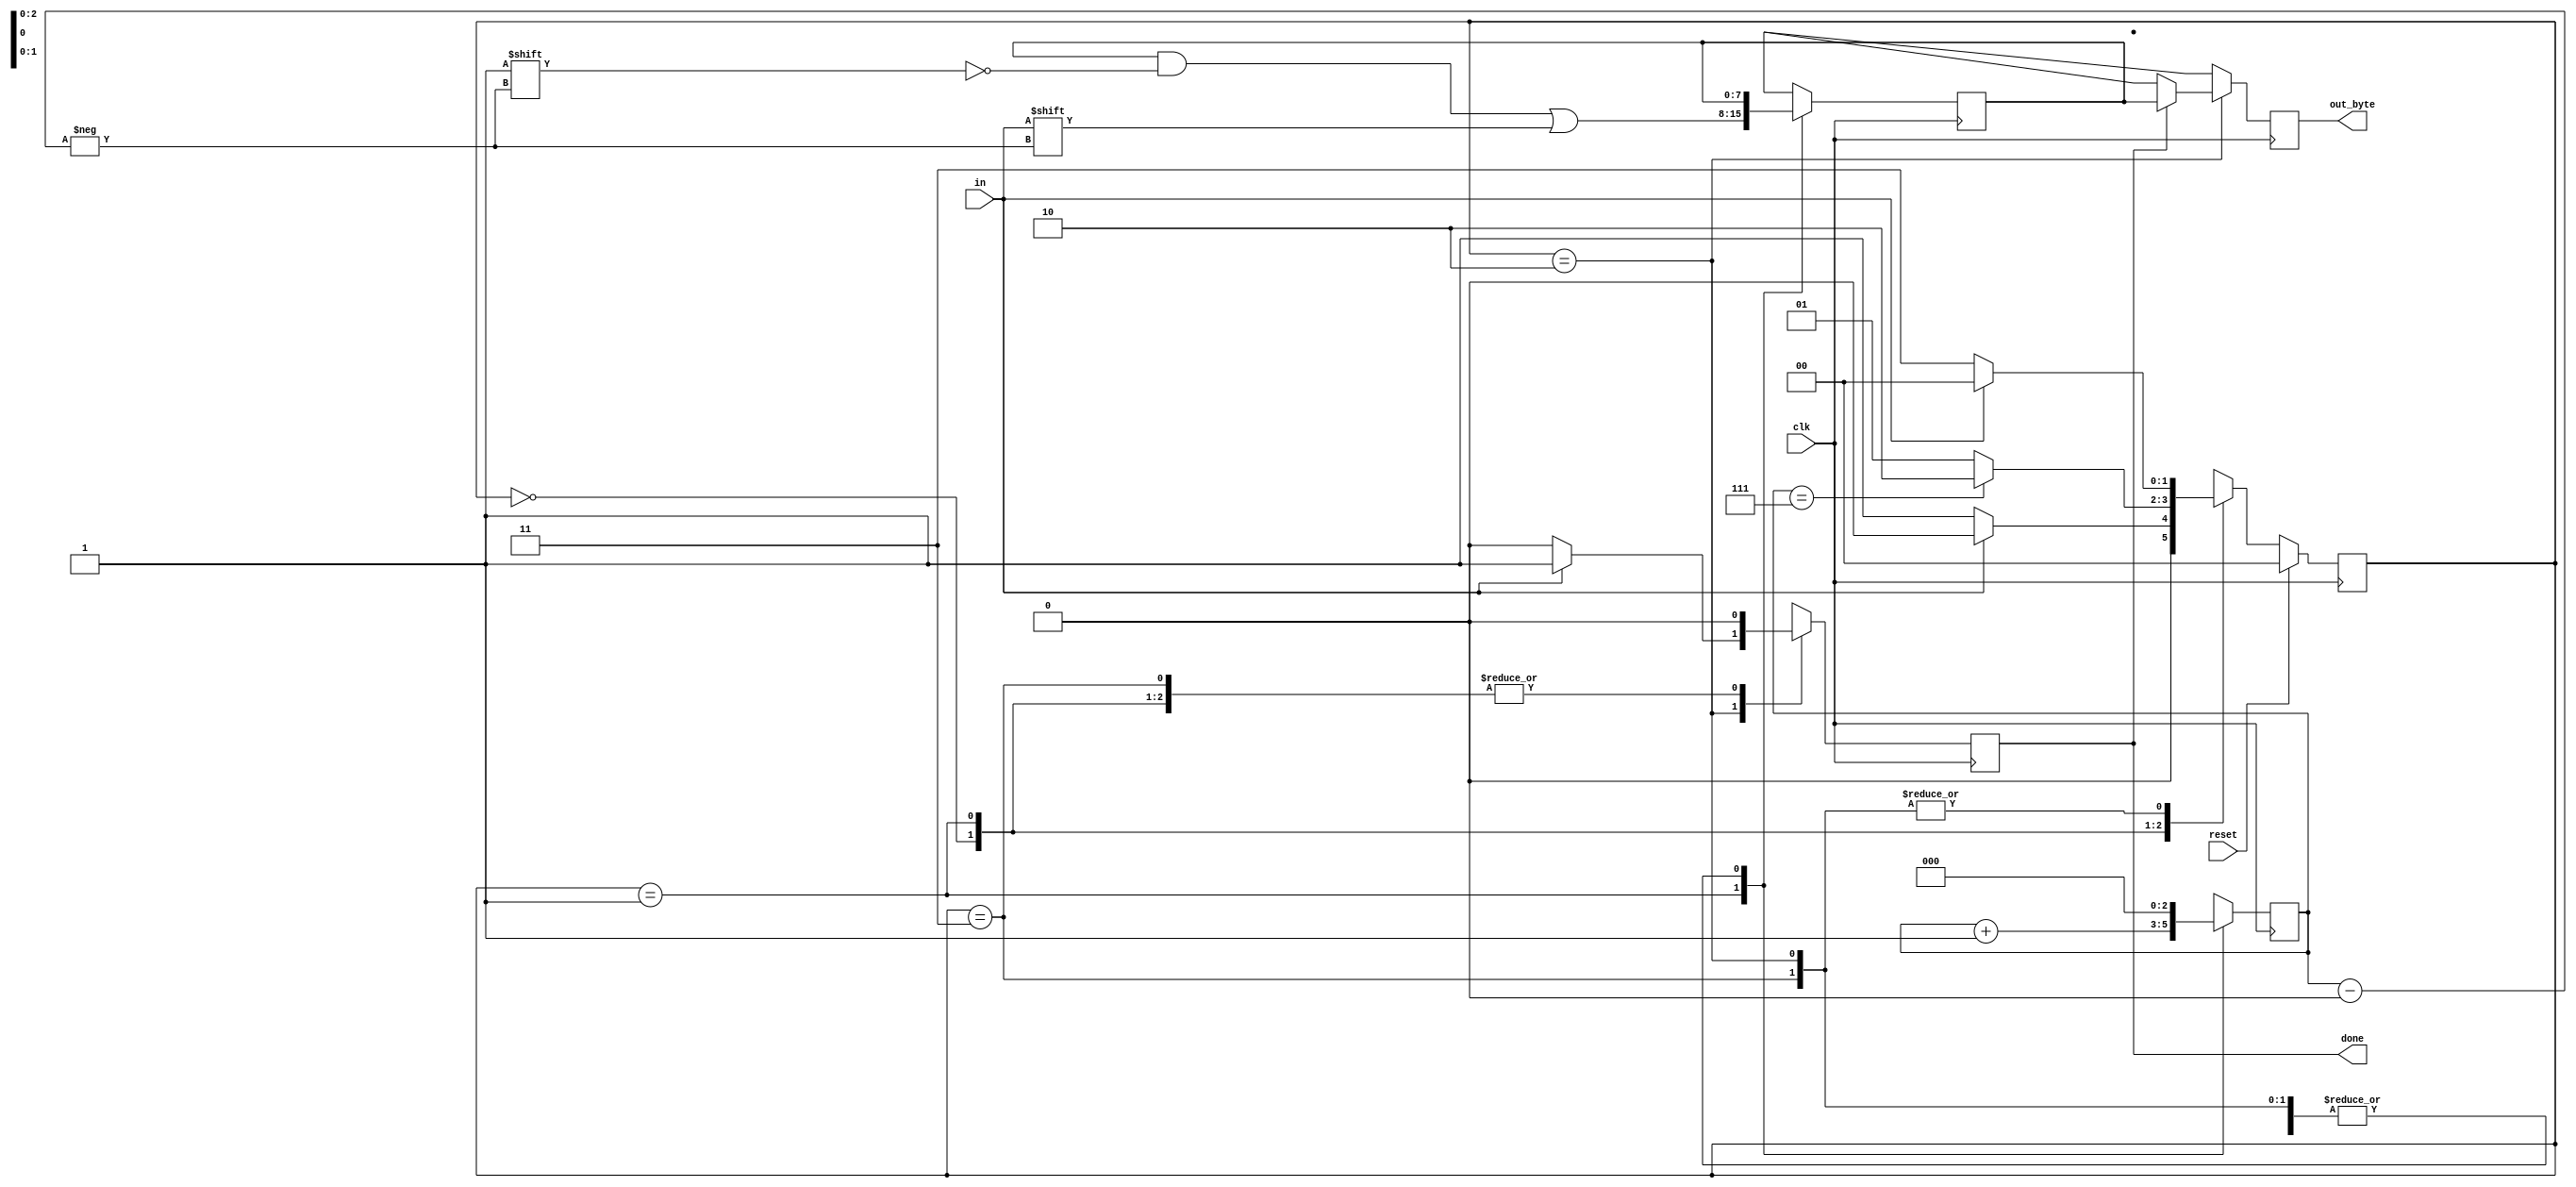
module top_module(
    input clk,
    input in,
    input reset,    // Synchronous reset
    output [7:0] out_byte,
    output done
); 
    
    parameter start=3'd0,data_recv = 3'd1, validate=3'd2, wait_for_stop=3'd3;
    
    reg[1:0] current_state, next_state;
    reg [2:0] counter;
    reg[7:0] temp_data;
    
    always @ (*)
        begin
            case(current_state)
				start: begin
                    next_state = (in == 0)? data_recv : start;
                end
                
                data_recv: begin
                    next_state = (counter == 7)? validate : data_recv;
                end
                
                validate: begin
                    next_state = (in==1) ? start : wait_for_stop;
                end
                
                wait_for_stop: begin
                    next_state = (in==1)? start : wait_for_stop;
                end
                
                default: next_state = start;
            endcase
        end
    
    always @ (posedge clk)
        begin
            if (reset)
                current_state = start;
            else
               	current_state = next_state;
        end
    
    always @ (posedge clk)
        begin
            case (current_state)
                start: begin
                    done <= 0;
                    counter <= 0;
                    out_byte <= 8'bxxxxxxxx;
                end
                
                data_recv: begin
                    done <= 0;
                    temp_data[counter] = in;
                    counter <= counter + 1'b1;
                    out_byte <= 8'bxxxxxxxx;
                end
                
                validate: begin
                    counter <= 0;
                    done <= (in == 1) ? 1'b1 : 1'b0;
                    if (done)
                        out_byte <= temp_data;
                    else
                        out_byte <= 8'bxxxxxxxx;
                end
                
                wait_for_stop: begin
                    counter <= 0;
                	done <= 0;
                    out_byte <= 8'bxxxxxxxx;
                end
                
                default: begin
                    counter <= 0;
                    done <= 0;
                    out_byte <= 8'bxxxxxxxx;
                end
            endcase
        end

endmodule